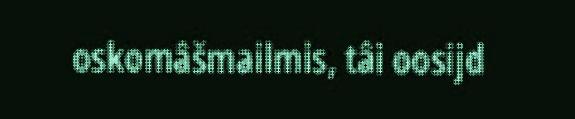
oskomâšmailmis, tâi oosijd